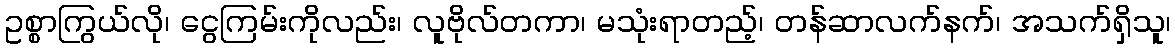
ဥစ္စာကြွယ်လို၊ ငွေကြမ်းကိုလည်း၊ လူဗိုလ်တကာ၊ မသုံးရာတည့်၊ တန်ဆာလက်နက်၊ အသက်ရှိသူ၊